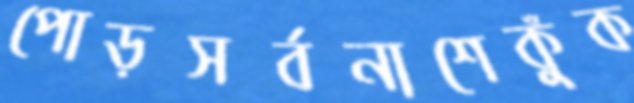
পোড়সর্বনাশেকুঁক